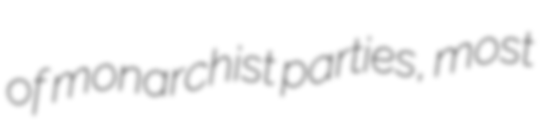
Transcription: of monarchist parties, most